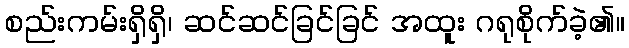
စည်းကမ်းရှိရှိ၊ ဆင်ဆင်ခြင်ခြင် အထူး ဂရုစိုက်ခဲ့၏။